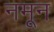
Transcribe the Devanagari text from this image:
नमून